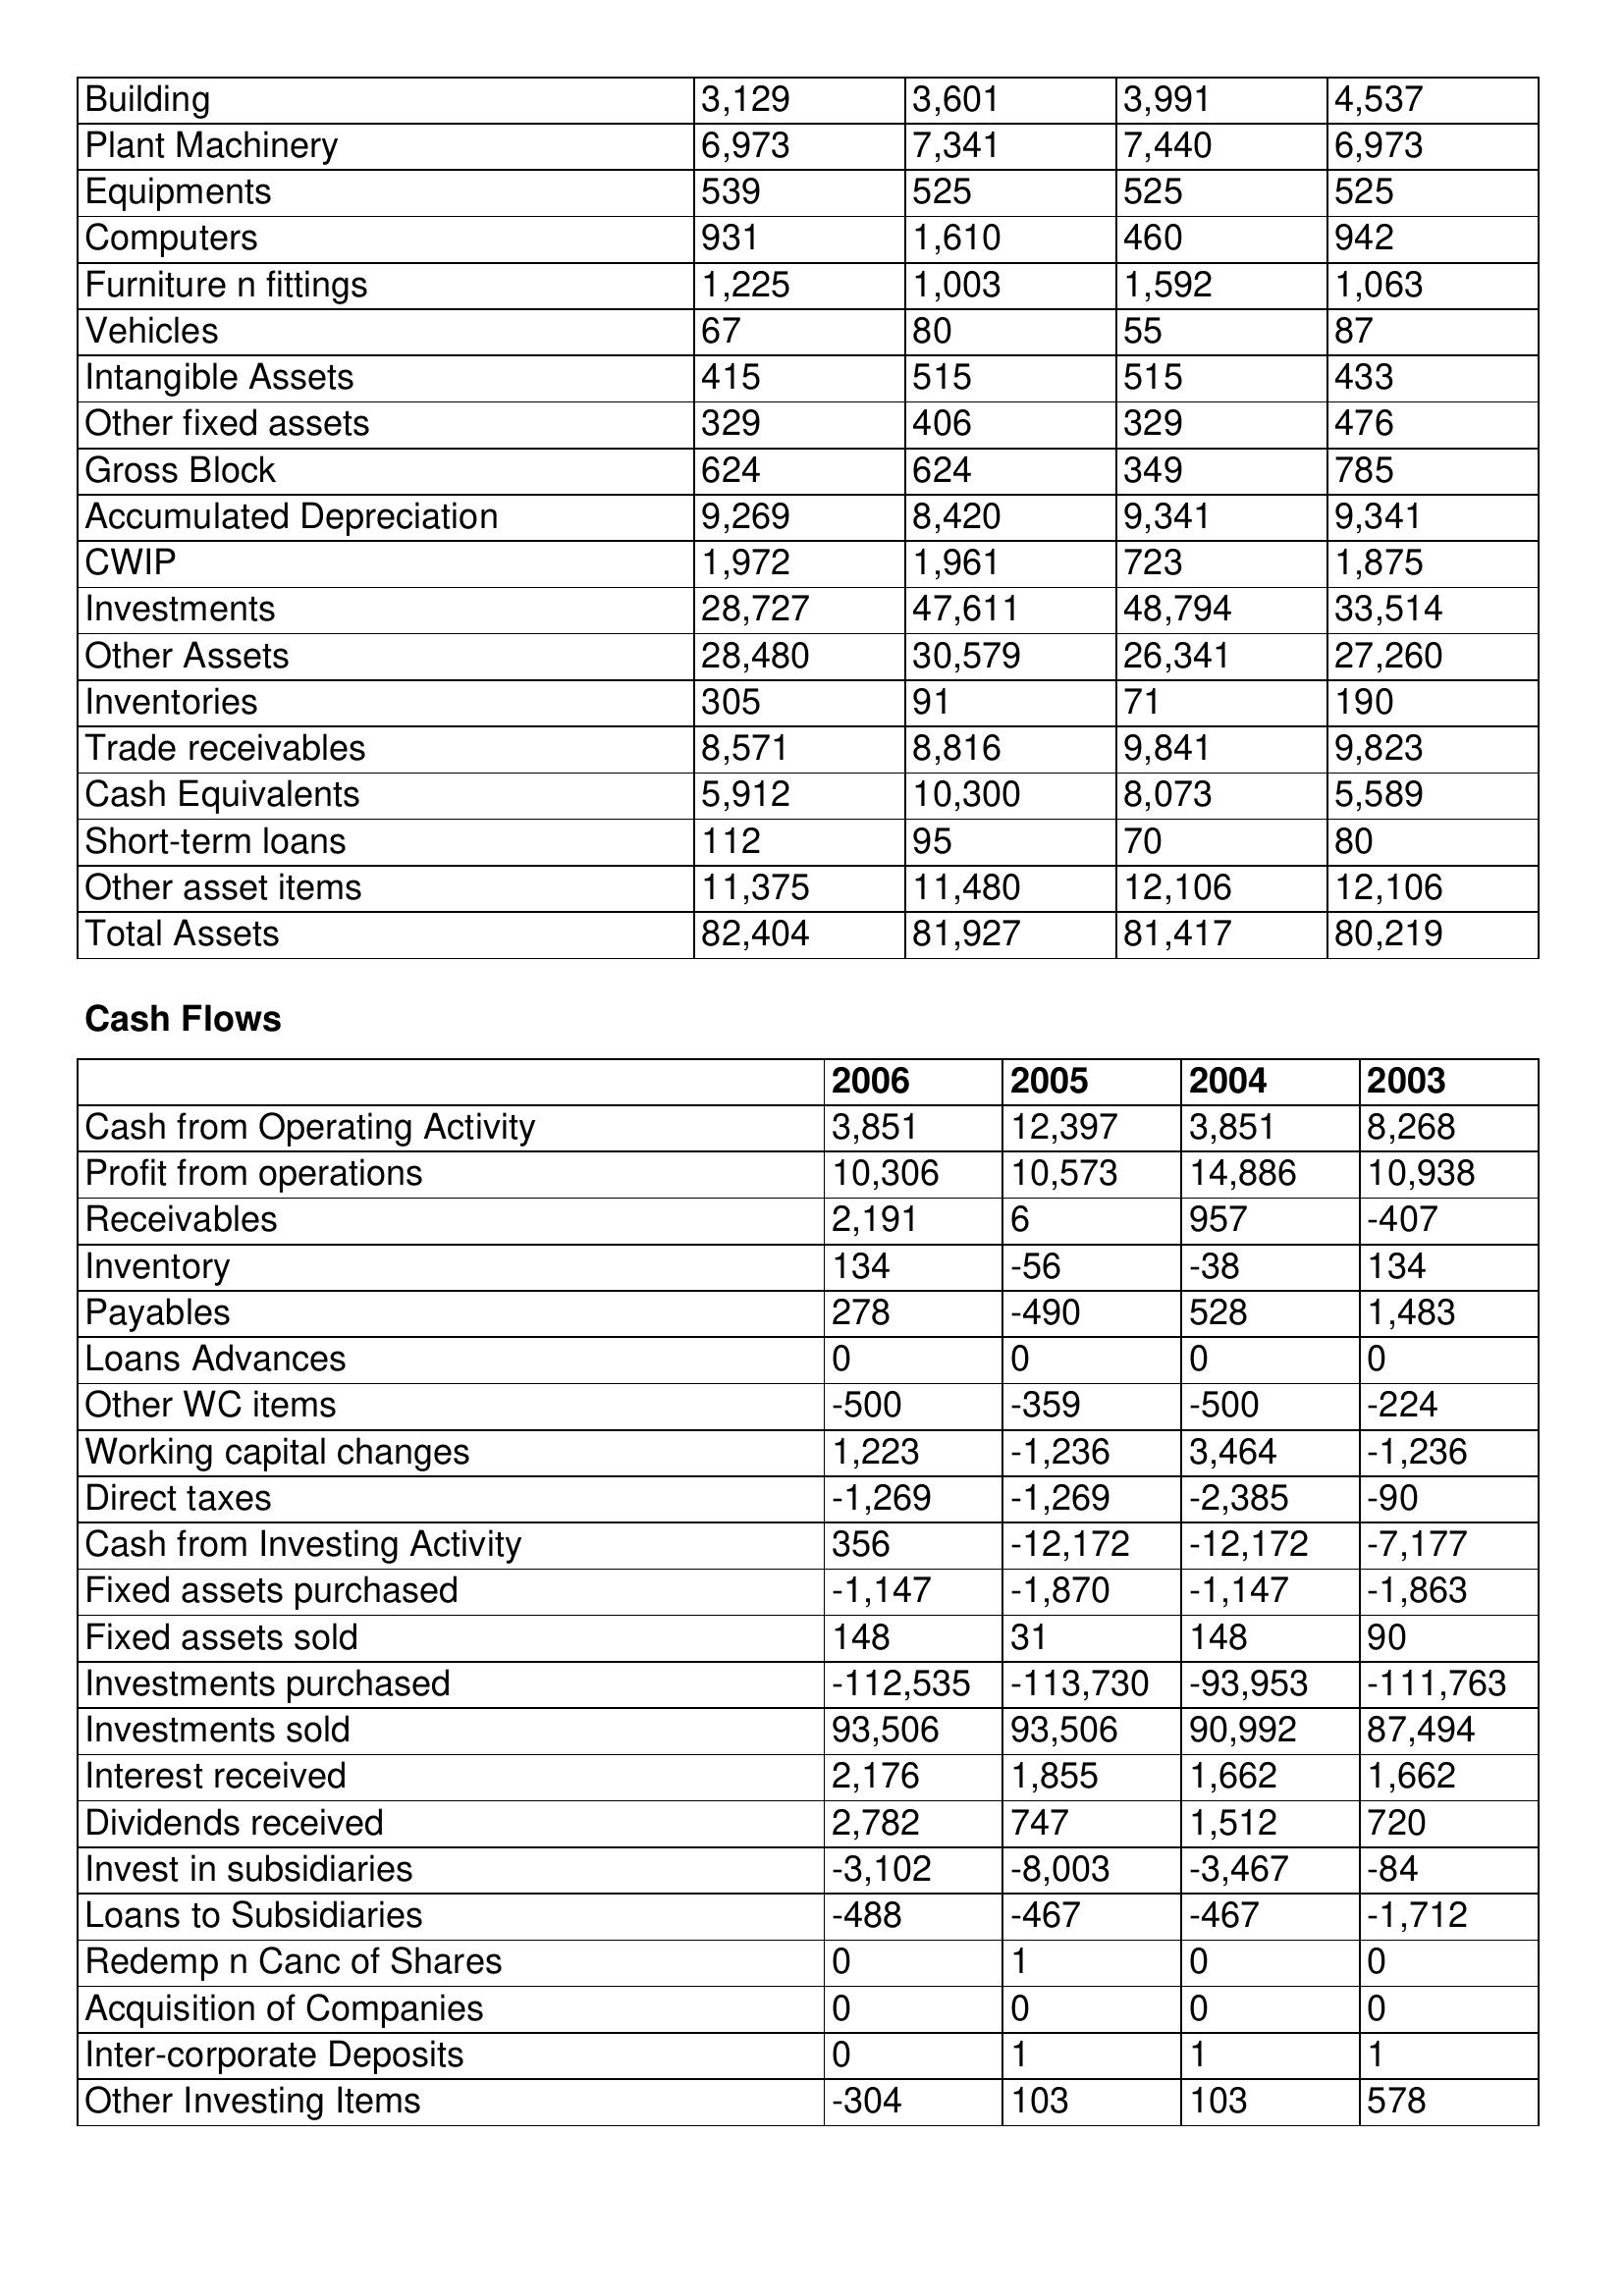
gt_parse: 2006: Balance Sheet: Building: 3,129
Plant Machinery: 6,973
Equipments: 539
Computers: 931
Furniture n fittings: 1,225
Vehicles: 67
Intangible Assets: 415
Other fixed assets: 329
Gross Block: 624
Accumulated Depreciation: 9,269
CWIP: 1,972
Investments: 28,727
Other Assets: 28,480
Inventories: 305
Trade receivables: 8,571
Cash Equivalents: 5,912
Short-term loans: 112
Other asset items: 11,375
Total Assets: 82,404
Cash Flows: Cash from Operating Activity: 3,851
Profit from operations: 10,306
Receivables: 2,191
Inventory: 134
Payables: 278
Loans Advances: 0
Other WC items: -500
Working capital changes: 1,223
Direct taxes: -1,269
Cash from Investing Activity: 356
Fixed assets purchased: -1,147
Fixed assets sold: 148
Investments purchased: -112,535
Investments sold: 93,506
Interest received: 2,176
Dividends received: 2,782
Invest in subsidiaries: -3,102
Loans to Subsidiaries: -488
Redemp n Canc of Shares: 0
Acquisition of Companies: 0
Inter-corporate Deposits: 0
Other Investing Items: -304
2005: Balance Sheet: Building: 3,601
Plant Machinery: 7,341
Equipments: 525
Computers: 1,610
Furniture n fittings: 1,003
Vehicles: 80
Intangible Assets: 515
Other fixed assets: 406
Gross Block: 624
Accumulated Depreciation: 8,420
CWIP: 1,961
Investments: 47,611
Other Assets: 30,579
Inventories: 91
Trade receivables: 8,816
Cash Equivalents: 10,300
Short-term loans: 95
Other asset items: 11,480
Total Assets: 81,927
Cash Flows: Cash from Operating Activity: 12,397
Profit from operations: 10,573
Receivables: 6
Inventory: -56
Payables: -490
Loans Advances: 0
Other WC items: -359
Working capital changes: -1,236
Direct taxes: -1,269
Cash from Investing Activity: -12,172
Fixed assets purchased: -1,870
Fixed assets sold: 31
Investments purchased: -113,730
Investments sold: 93,506
Interest received: 1,855
Dividends received: 747
Invest in subsidiaries: -8,003
Loans to Subsidiaries: -467
Redemp n Canc of Shares: 1
Acquisition of Companies: 0
Inter-corporate Deposits: 1
Other Investing Items: 103
2004: Balance Sheet: Building: 3,991
Plant Machinery: 7,440
Equipments: 525
Computers: 460
Furniture n fittings: 1,592
Vehicles: 55
Intangible Assets: 515
Other fixed assets: 329
Gross Block: 349
Accumulated Depreciation: 9,341
CWIP: 723
Investments: 48,794
Other Assets: 26,341
Inventories: 71
Trade receivables: 9,841
Cash Equivalents: 8,073
Short-term loans: 70
Other asset items: 12,106
Total Assets: 81,417
Cash Flows: Cash from Operating Activity: 3,851
Profit from operations: 14,886
Receivables: 957
Inventory: -38
Payables: 528
Loans Advances: 0
Other WC items: -500
Working capital changes: 3,464
Direct taxes: -2,385
Cash from Investing Activity: -12,172
Fixed assets purchased: -1,147
Fixed assets sold: 148
Investments purchased: -93,953
Investments sold: 90,992
Interest received: 1,662
Dividends received: 1,512
Invest in subsidiaries: -3,467
Loans to Subsidiaries: -467
Redemp n Canc of Shares: 0
Acquisition of Companies: 0
Inter-corporate Deposits: 1
Other Investing Items: 103
2003: Balance Sheet: Building: 4,537
Plant Machinery: 6,973
Equipments: 525
Computers: 942
Furniture n fittings: 1,063
Vehicles: 87
Intangible Assets: 433
Other fixed assets: 476
Gross Block: 785
Accumulated Depreciation: 9,341
CWIP: 1,875
Investments: 33,514
Other Assets: 27,260
Inventories: 190
Trade receivables: 9,823
Cash Equivalents: 5,589
Short-term loans: 80
Other asset items: 12,106
Total Assets: 80,219
Cash Flows: Cash from Operating Activity: 8,268
Profit from operations: 10,938
Receivables: -407
Inventory: 134
Payables: 1,483
Loans Advances: 0
Other WC items: -224
Working capital changes: -1,236
Direct taxes: -90
Cash from Investing Activity: -7,177
Fixed assets purchased: -1,863
Fixed assets sold: 90
Investments purchased: -111,763
Investments sold: 87,494
Interest received: 1,662
Dividends received: 720
Invest in subsidiaries: -84
Loans to Subsidiaries: -1,712
Redemp n Canc of Shares: 0
Acquisition of Companies: 0
Inter-corporate Deposits: 1
Other Investing Items: 578